Vaccination in the Punjab 1883-1896 - 1883-1896
Year: 1883
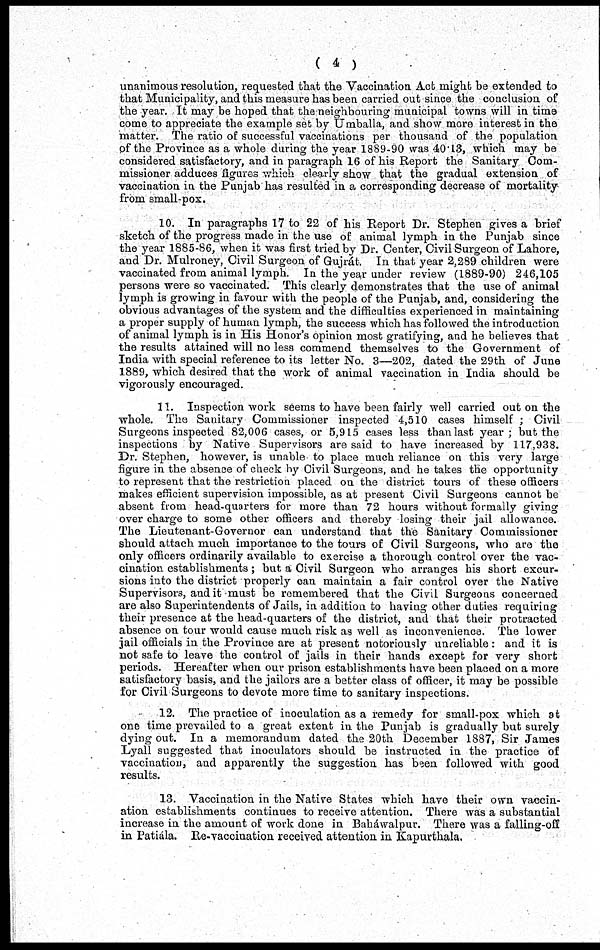
( 4 )
unanimous resolution, requested that the Vaccination Act might be extended to
that Municipality, and this measure has been carried out since the conclusion of
the year. It may be hoped that the neighbouring municipal towns will in time
come to appreciate the example set by Umballa, and show more interest in the
matter. The ratio of successful vaccinations per thousand of the population
of the Province as a whole during the year 1889-90 was 40.13, which may be
considered satisfactory, and in paragraph 16 of his Report the Sanitary Com-
missioner adduces figures which clearly show that the gradual extension of
vaccination in the Punjab has resulted in a corresponding decrease of mortality
from small-pox.
10. In paragraphs 17 to 22 of his Report Dr. Stephen gives a brief
sketch of the progress made in the use of animal lymph in the Punjab since
the year 1885-86, when it was first tried by Dr. Center, Civil Surgeon of Lahore,
and Dr. Mulroney, Civil Surgeon of Gujrát. In that year 2,289 children were
vaccinated from animal lymph. In the year under review (1889-90) 246,105
persons were so vaccinated. This clearly demonstrates that the use of animal
lymph is growing in favour with the people of the Punjab, and, considering the
obvious advantages of the system and the difficulties experienced in maintaining
a proper supply of human lymph, the success which has followed the introduction
of animal lymph is in His Honor's opinion most gratifying, and he believes that
the results attained will no less commend themselves to the Government of
India with special reference to its letter No. 3—202, dated the 29th of June
1889, which desired that the work of animal vaccination in India should be
vigorously encouraged.
11. Inspection work seems to have been fairly well carried out on the
whole. The Sanitary Commissioner inspected 4,510 cases himself ; Civil
Surgeons inspected 82,006 cases, or 5,915 cases less than last year; but the
inspections by Native Supervisors are said to have increased by 117,938.
Dr. Stephen, however, is unable to place much reliance on this very large
figure in the absence of check by Civil Surgeons, and he takes the opportunity
to represent that the restriction placed on the district tours of these officers
makes efficient supervision impossible, as at present Civil Surgeons cannot be
absent from head-quarters for more than 72 hours without formally giving
over charge to some other officers and thereby losing their jail allowance.
The Lieutenant-Governor can understand that the Sanitary Commissioner
should attach much importance to the tours of Civil Surgeons, who are the
only officers ordinarily available to exercise a thorough control over the vac-
cination establishments; but a Civil Surgeon who arranges his short excur-
sions into the district properly can maintain a fair control over the Native
Supervisors, and it-must be remembered that the Civil Surgeons concerned
are also Superintendents of Jails, in addition to having other duties requiring
their presence at the head-quarters of the district, and that their protracted
absence on tour would cause much risk as well as inconvenience. The lower
jail officials in the Province are at present notoriously unreliable: and it is
not safe to leave the control of jails in their hands except for very short
periods. Hereafter when our prison establishments have been placed on a more
satisfactory basis, and the jailors are a better class of officer, it may be possible
for Civil Surgeons to devote more time to sanitary inspections.
12. The practice of inoculation as a remedy for small-pox which at
one time prevailed to a great extent in the Punjab is gradually but surely
dying out. In a memorandum dated the 20th December 1887, Sir James
Lyall suggested that inoculators should be instructed in the practice of
vaccination, and apparently the suggestion has been followed with good
results.
13. Vaccination in the Native States which have their own vaccin-
ation establishments continues to receive attention. There was a substantial
increase in the amount of work done in Baháwalpur. There was a falling-off
in Patiála. Re-vaccination received attention in Kapurthala.